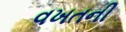
વખતની